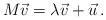
LaTeX: \begin{align*}M \vec v = \lambda \vec v + \vec{u} \, .\end{align*}